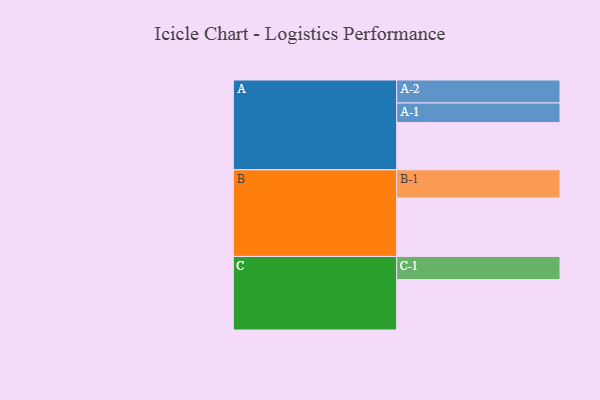
{"axis": {"x": "Segment", "y": "Value"}, "legend": ["", "A", "B", "C"], "data": [{"x": "A", "y": 314, "type": ""}, {"x": "B", "y": 389, "type": ""}, {"x": "C", "y": 335, "type": ""}, {"x": "A-1", "y": 130, "type": "A"}, {"x": "A-2", "y": 153, "type": "A"}, {"x": "B-1", "y": 187, "type": "B"}, {"x": "C-1", "y": 154, "type": "C"}]}